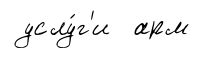
услу́г'и арм